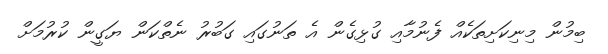
ބިމުން މިނިކަށިތަކެއް ފެނުމާއި ގުޅިގެން އެ ތަނުގައި ގަބުރު ނެތްކަން ޔަގީން ކުރުމަށް